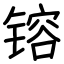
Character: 镕